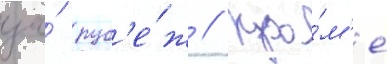
за́ руб'е́ж // Кро́м'е